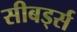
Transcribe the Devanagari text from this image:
सीबर्ड्स